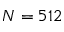
N = 5 1 2